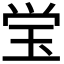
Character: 𭸼